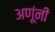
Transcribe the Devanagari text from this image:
अणूंनी